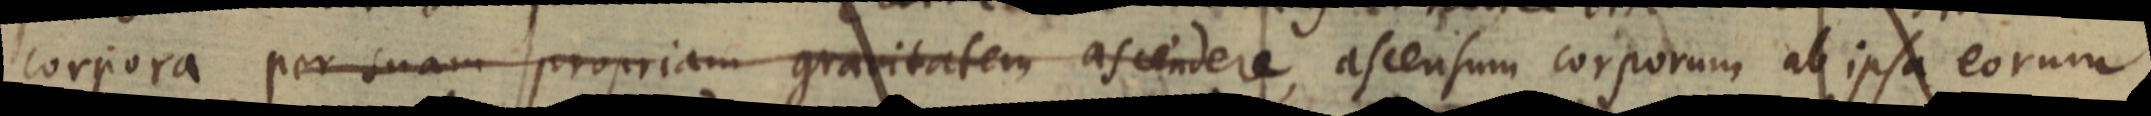
corpora per suam propriam gravitatem ascendere, ascensum corporum ab ipsa eorum